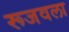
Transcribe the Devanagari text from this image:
रूजवला